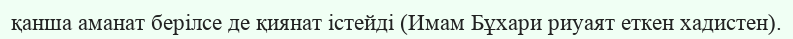
қанша аманат берілсе де қиянат істейді (Имам Бұхари риуаят еткен хадистен).